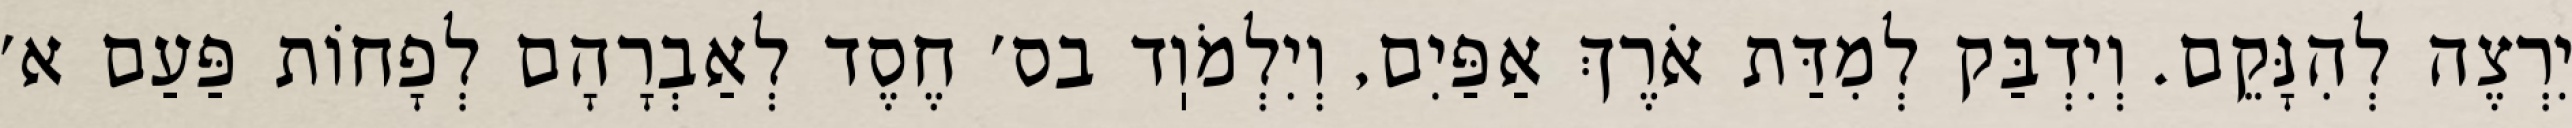
יִרְצֶה לְהִנָּקֵם. וְיִדְבַּק לְמִדַּת אֹרֶךְ אַפַּיִם, וְיִלְמֹוֽד בס׳ חֶסֶד לְאַבְרָהָם לְפָחוֹת פַּעַם א׳